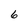
Character: 6